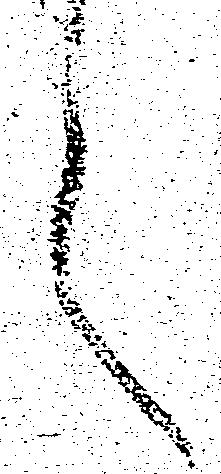
言